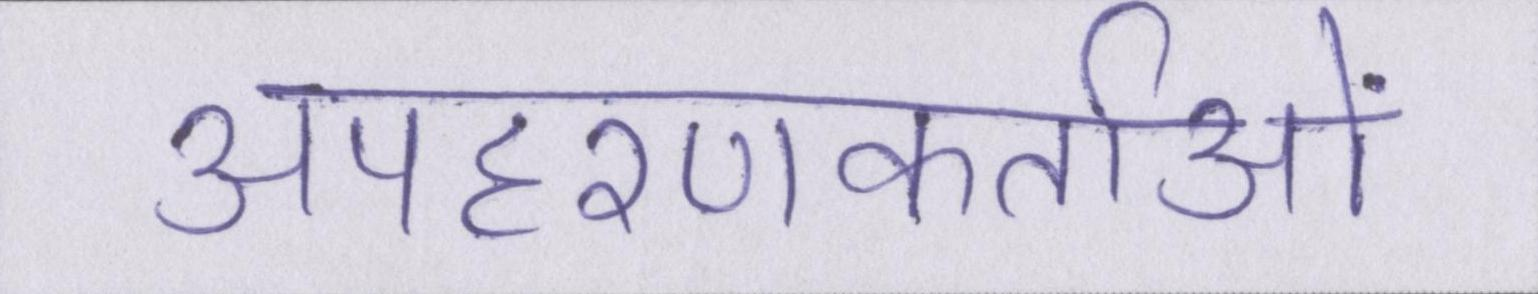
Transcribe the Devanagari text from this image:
अपहरणकर्ताओं